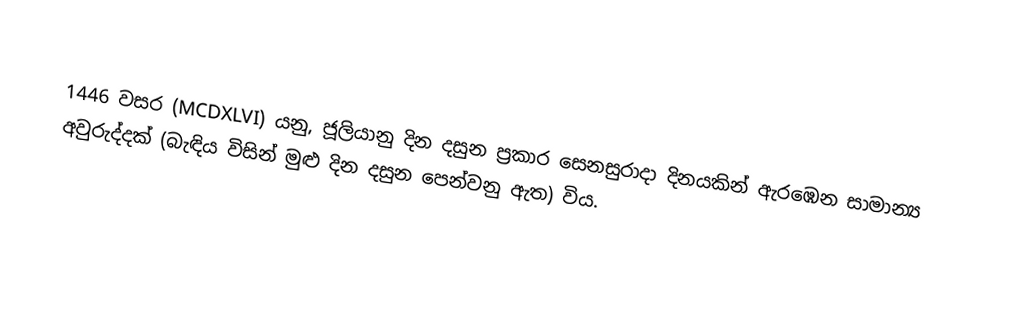

1446 වසර (MCDXLVI) යනු, ජූලියානු දින දසුන ප්‍රකාර   සෙනසුරාදා දිනයකින් ඇරඹෙන සාමාන්‍ය අවුරුද්දක් (බැඳිය විසින් මුළු දින දසුන පෙන්වනු ඇත) විය.